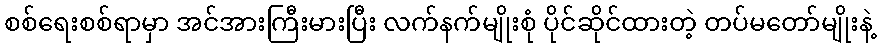
စစ်ရေးစစ်ရာမှာ အင်အားကြီးမားပြီး လက်နက်မျိုးစုံ ပိုင်ဆိုင်ထားတဲ့ တပ်မတော်မျိုးနဲ့